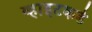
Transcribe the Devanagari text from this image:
व्हाइटकडे